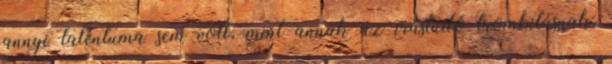
annyi talentuma sem volt, mint annak az írástudó trombitásnak: